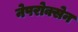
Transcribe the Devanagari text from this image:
नेपरोक्सेन